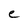
Character: e